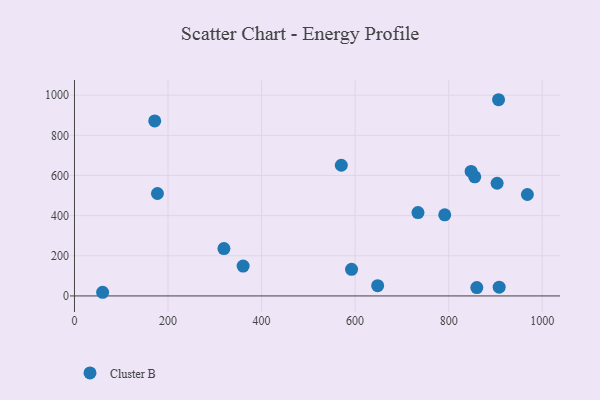
{"axis": {"x": "Study Hours", "y": "Profit"}, "legend": ["Cluster B"], "data": [{"x": "855.8", "y": 593.5, "type": "Cluster B"}, {"x": "648.2", "y": 50.9, "type": "Cluster B"}, {"x": "171.6", "y": 871.8, "type": "Cluster B"}, {"x": "360.6", "y": 148.5, "type": "Cluster B"}, {"x": "734.4", "y": 415.4, "type": "Cluster B"}, {"x": "908.0", "y": 43.7, "type": "Cluster B"}, {"x": "570.5", "y": 651.0, "type": "Cluster B"}, {"x": "906.7", "y": 977.3, "type": "Cluster B"}, {"x": "860.2", "y": 41.8, "type": "Cluster B"}, {"x": "791.6", "y": 403.8, "type": "Cluster B"}, {"x": "968.3", "y": 505.3, "type": "Cluster B"}, {"x": "848.0", "y": 620.0, "type": "Cluster B"}, {"x": "177.4", "y": 510.1, "type": "Cluster B"}, {"x": "592.4", "y": 132.4, "type": "Cluster B"}, {"x": "903.6", "y": 561.3, "type": "Cluster B"}, {"x": "319.5", "y": 236.0, "type": "Cluster B"}, {"x": "60.2", "y": 18.2, "type": "Cluster B"}]}